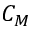
C _ { M }